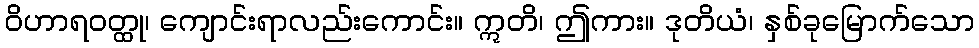
ဝိဟာရဝတ္ထု၊ ကျောင်းရာလည်းကောင်း။ ဣတိ၊ ဤကား။ ဒုတိယံ၊ နှစ်ခုမြောက်သော